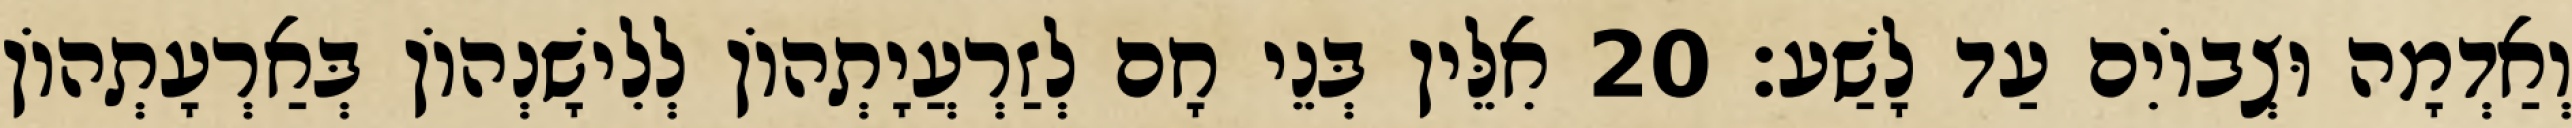
וְאַדְמָה וּצְבוֹיִם עַד לָשַׁע׃ 20 אִלֵּין בְּנֵי חָם לְזַרְעֲיָתְהוֹן לְלִישָׁנְהוֹן בְּאַרְעָתְהוֹן